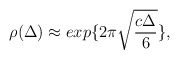
\begin{align*}\rho(\Delta) \approx exp\{2 \pi \sqrt{ \frac{c\Delta}{6}}\},\end{align*}